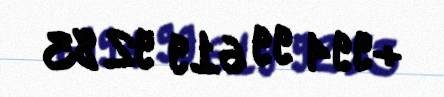
+994 99 619 92 83